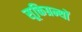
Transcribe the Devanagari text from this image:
सूक्तिग्रन्थों